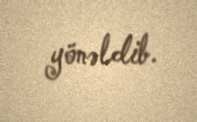
yönəldib.